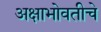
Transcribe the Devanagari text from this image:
अक्षाभोवतीचे